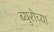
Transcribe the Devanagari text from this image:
ब्युरोच्या